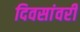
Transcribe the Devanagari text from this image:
दिवसांवरी